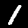
Digit: 1